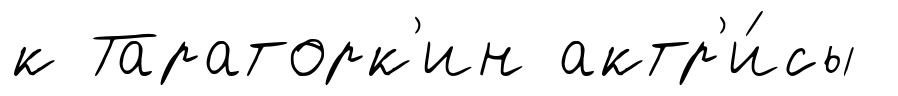
к Тараторк'ин актр'и́сы